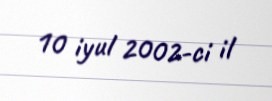
10 iyul 2002-ci il